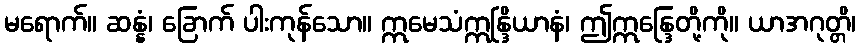
မရောက်။ ဆန္နံ၊ ခြောက် ပါးကုန်သော။ ဣမေသံဣန္ဒြိယာနံ၊ ဤဣန္ဒြေတို့ကို။ ယာအဂုတ္တိ၊